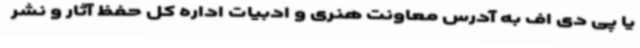
یا پی دی اف به آدرس معاونت هنری و ادبیات اداره کل حفظ آثار و نشر